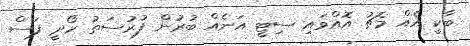
ބާކީ އެއް މެޗު އޮއްވައި ސިޓީ އަނެއް ބުރުން ފުރުސަތު ހޯދީ ފަސް